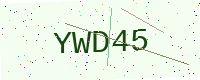
Text: YWD45